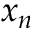
x _ { n }